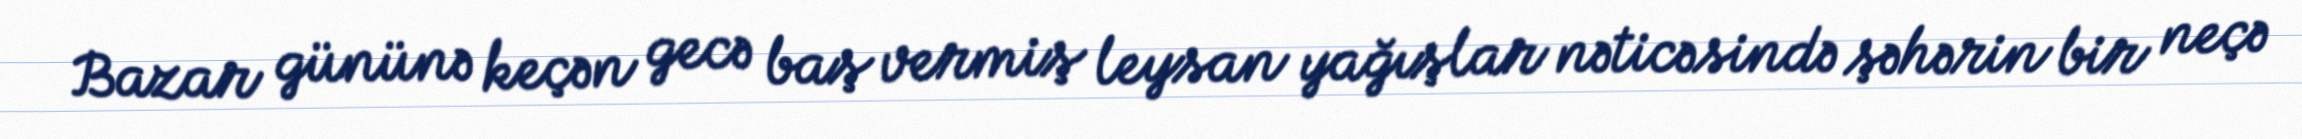
Bazar gününə keçən gecə baş vermiş leysan yağışlar nəticəsində şəhərin bir neçə